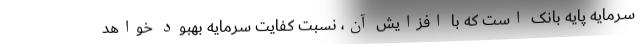
سـرمایه پایه بانک است که با افزایش آن، نسبت کفایت سرمایه بهبود خواهد